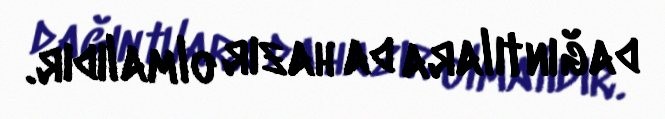
dağıntılara da hazır olmalıdır.